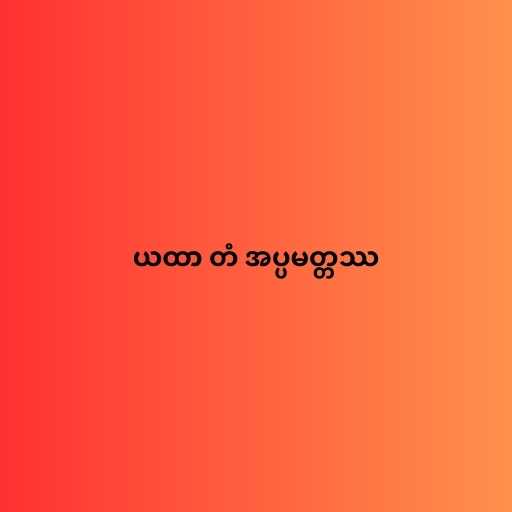
ယထာ တံ အပ္ပမတ္တဿ